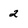
Character: 2